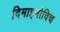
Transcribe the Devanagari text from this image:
दिमाइनोविच